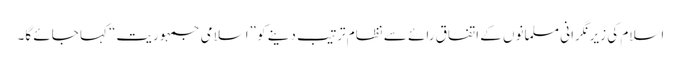
اسلام کی زیرنگرانی مسلمانوں کے اتفاق رائے سے نظام ترتیب دینے کو ”اسلامی جمہوریت“ کہا جائے گا۔